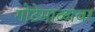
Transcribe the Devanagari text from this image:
गोटेमाळावर